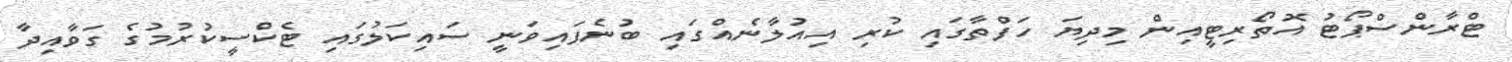
ޓްރާންސްޕޯޓު އޮތޯރިޓީއިން މިދިޔަ ހަފްތާގައި ކުރި އިއުލާނެއްގައި ބުނެފައިވަނީ ސައިކަލުގައި ޓެކްސީކުރުމުގެ ގަވާއިދާ